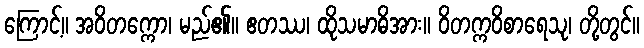
ကြောင့်။ အဝိတက္ကော၊ မည်၏။ ဧတဿ၊ ထိုသမာဓိအား။ ဝိတက္ကဝိစာရေသု၊ တို့တွင်။